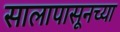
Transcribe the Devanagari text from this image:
सालापासूनच्या